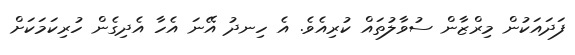
ފަދައަކުން މިރްޒާން ސުވާލުތައް ކުރިއެވެ. އެ ހިނދު އޭނަ އެހާ އެދިގެން ހުރިކަމަކަށް